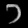
Digit: ၁